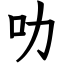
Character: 叻